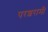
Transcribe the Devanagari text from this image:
परशरामी